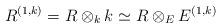
LaTeX: \begin{align*} R^{(1,k)}=R\otimes_k k \simeq R\otimes_E E^{(1,k)} \end{align*}